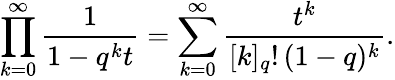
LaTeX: \prod_{k=0}^{\infty}{\frac{1}{1-q^{k}t}}=\sum_{k=0}^{\infty}{\frac{t^{k}}{[k]_{q}!\, (1-q)^{k}}}.